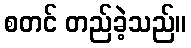
စတင် တည်ခဲ့သည်။